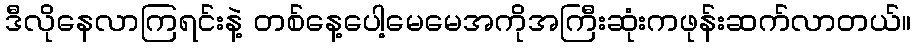
ဒီလိုနေလာကြရင်းနဲ့ တစ်နေ့ပေါ့မေမေအကိုအကြီးဆုံးကဖုန်းဆက်လာတယ်။